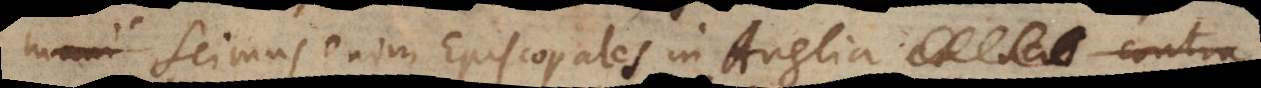
mani Scimus enim Episcopales in Anglia et